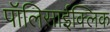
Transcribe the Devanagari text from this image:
पॉलिसाईक्लिक